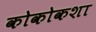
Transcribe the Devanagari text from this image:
कोकोकशा